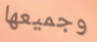
وجميعها